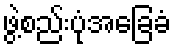
ဖွဲ့စည်းပုံအခြေခံ